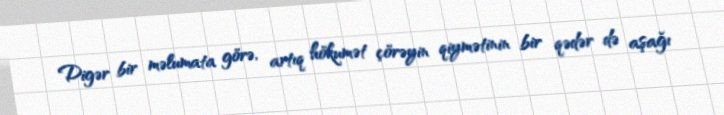
Digər bir məlumata görə, artıq hökumət çörəyin qiymətinin bir qədər də aşağı